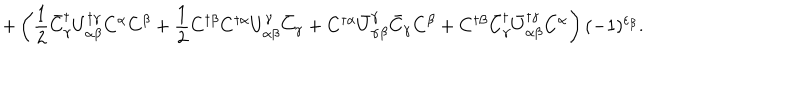
+ \left( \frac { 1 } { 2 } \bar { C } _ { \gamma } ^ { \dagger } U _ { \alpha \beta } ^ { \dagger \gamma } C ^ { \alpha } C ^ { \beta } + \frac { 1 } { 2 } C ^ { \dagger \beta } C ^ { \dagger \alpha } U _ { \alpha \beta } ^ { \gamma } \bar { C } _ { \gamma } + C ^ { \dagger \alpha } \bar { U } _ { \alpha \beta } ^ { \gamma } \bar { C } _ { \gamma } C ^ { \beta } + C ^ { \dagger \beta } \bar { C } _ { \gamma } ^ { \dagger } \bar { U } _ { \alpha \beta } ^ { \dagger \gamma } C ^ { \alpha } \right) ( - 1 ) ^ { \varepsilon _ { \beta } } .